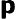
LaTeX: \boldsymbol{\mathsf{p}}